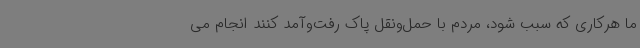
ما هرکاری که سبب شود، مردم با حمل‌ونقل پاک رفت‌وآمد کنند انجام می